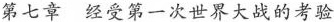
第七章 经受第一次世界大战的考验